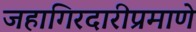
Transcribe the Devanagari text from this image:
जहागिरदारीप्रमाणे